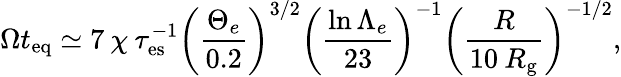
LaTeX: \Omega t_{\mathrm{eq}}\simeq 7\: \chi\: \tau_{\mathrm{es}}^{-1}\left(\frac{\Theta_{e}}{0.2}\right)^{3/2}\left(\frac{\ln{\Lambda_{e}}}{23}\right)^{-1}\left(\frac{R}{10\: R_{\mathrm{g}}}\right)^{-1/2},